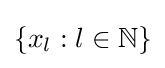
\left\{x_{l}:l\in \mathbb {N} \right\}